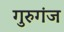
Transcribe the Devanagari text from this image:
गुरुगंज